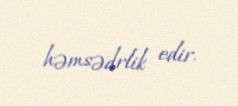
həmsədrlik edir.